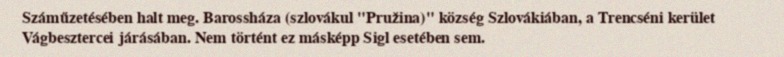
Száműzetésében halt meg. Barossháza (szlovákul "Pružina)" község Szlovákiában, a Trencséni kerület Vágbesztercei járásában. Nem történt ez másképp Sigl esetében sem.